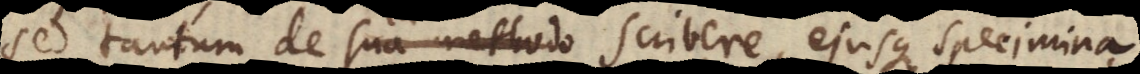
sed tantum de ea scribere ejusque specimina